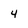
Character: 4